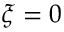
\xi = 0